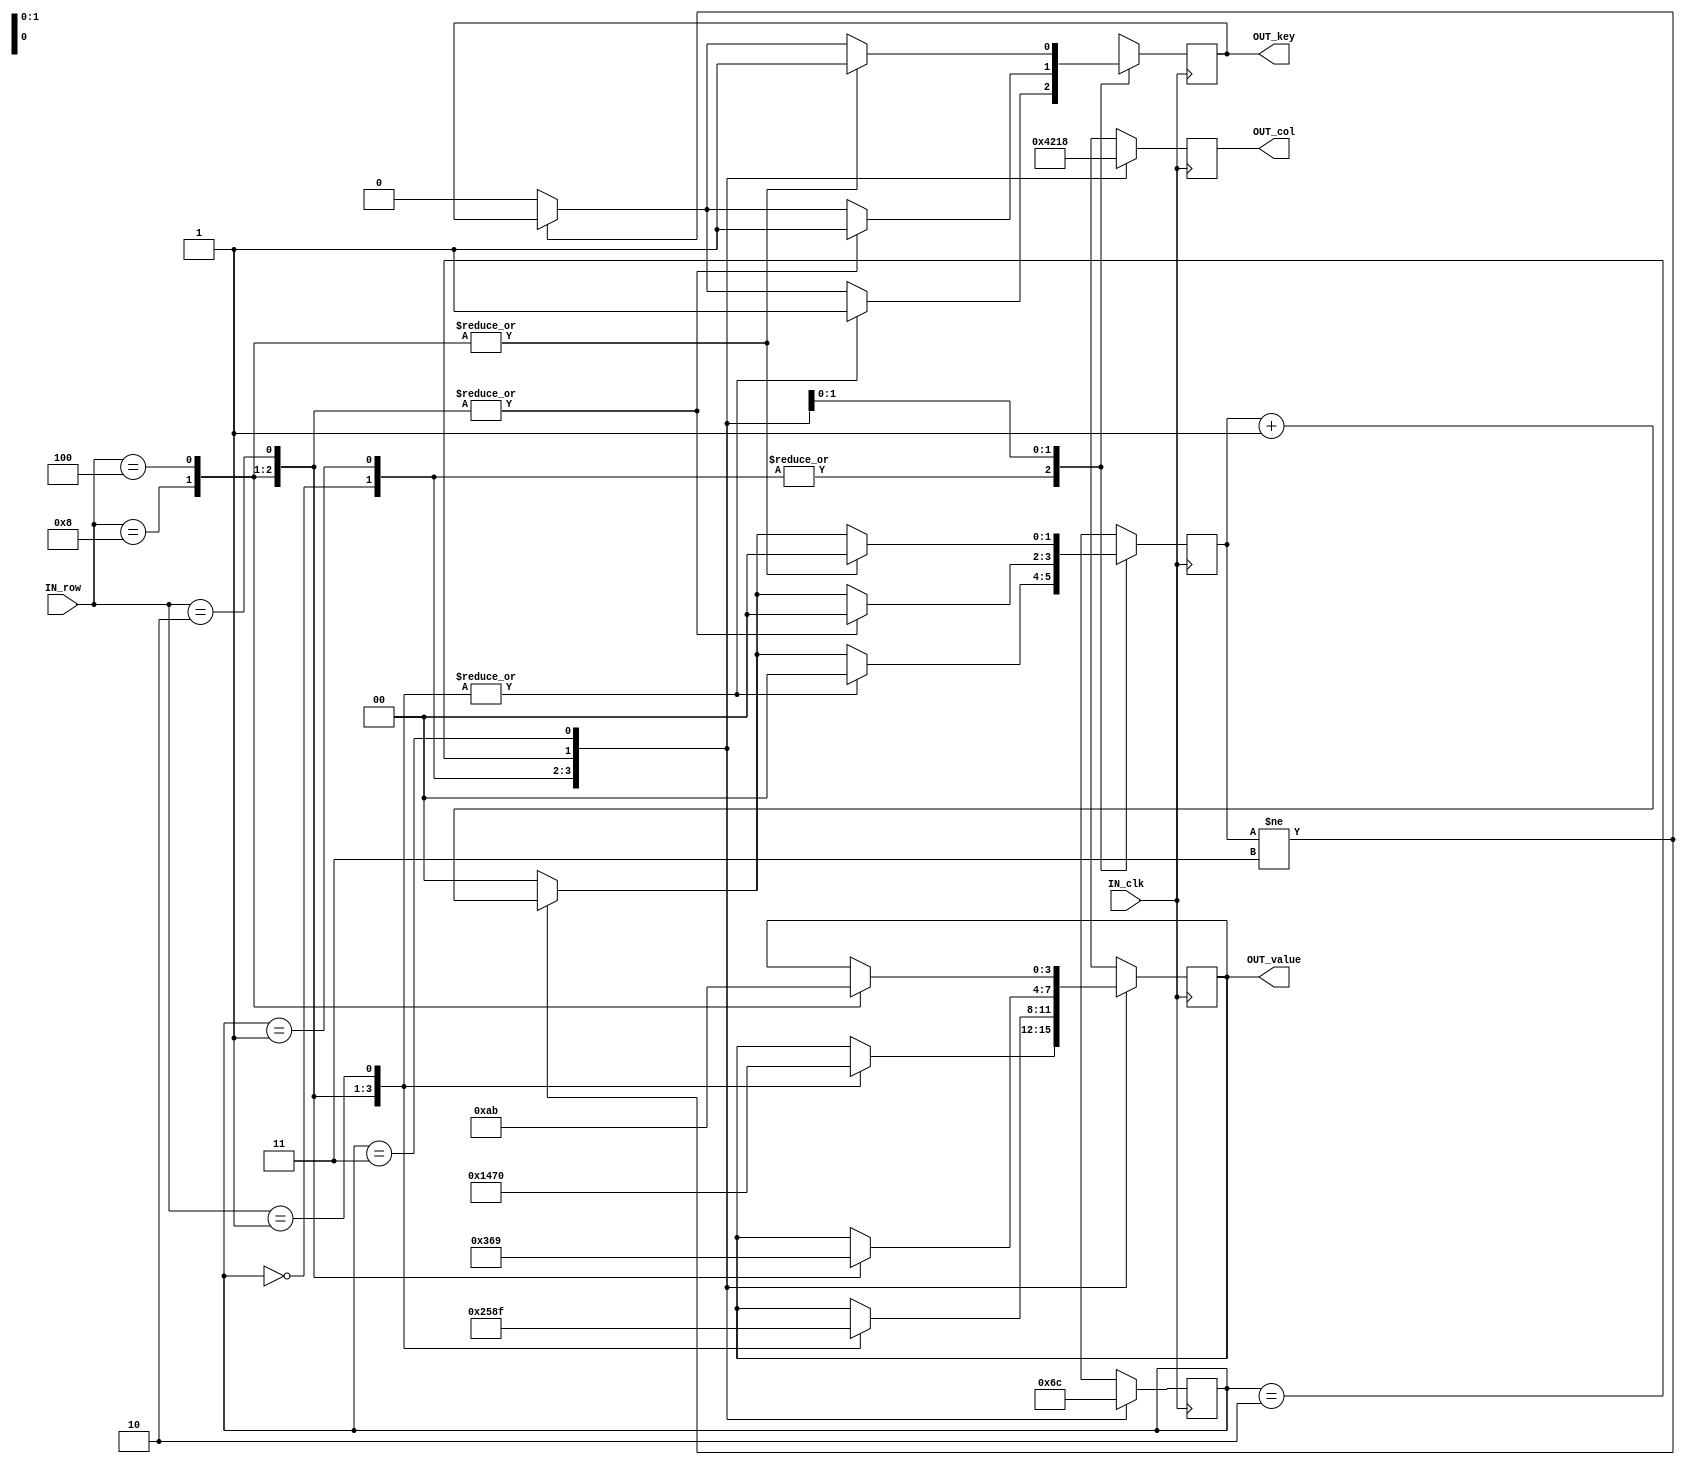
// ,

// s0  1 4 7 0 
// s1  2 5 8 =(F)
// s2  3 6 9 C(E)
// s3  +(A) -(B) (C) (D) 

module keyboard(input IN_clk, input[3:0] IN_row,
                    output reg [3:0] OUT_col, output reg [3:0] OUT_value, output reg OUT_key);

    // Declare state register
    reg [1:0]state = 0;
    reg [1:0]flag = 0;

    // Declare  states
    parameter S0 = 0, S1 = 1, S2 = 2, S3 = 3;

    always @ (posedge IN_clk) 
    begin
            case (state)
                S0:
                    begin
                        state <= S1;
                        OUT_col <= 4'b0100;
                    end
                S1:
                    begin
                        state <= S2;
                        OUT_col <= 4'b0010;
                    end
                S2:
                    begin
                        state <= S3;
                        OUT_col <= 4'b0001;
                    end
                S3:
                    begin
                        state <= S0;
                        OUT_col <= 4'b1000;
                    end
                default:
                    begin
                        state <= S0;
                        OUT_col <= 4'b1000;
                    end
            endcase
    end

    // Determine the output based only on the current state
    // and the input (do not wait for a clock edge).
    // always @ (state or IN_reset or IN_row)
    always @ (posedge IN_clk)
    begin
        //OUT_value <= OUT_value;
        begin
            case (state)
                S0:
                    case(IN_row)
                        4'b1000: begin OUT_value <= 1; OUT_key <= 1; flag <= 0; end
                        4'b0100: begin OUT_value <= 4; OUT_key <= 1; flag <= 0; end
                        4'b0010: begin OUT_value <= 7; OUT_key <= 1; flag <= 0; end
                        4'b0001: begin OUT_value <= 0; OUT_key <= 1; flag <= 0; end
                        default: begin 
                            OUT_value <= OUT_value; 
                            if(flag != 3)begin
                                OUT_key <= OUT_key; 
                                flag <= flag + 1;
                            end
                            else
                            begin
                                OUT_key <= 0;
                                flag <= 0;
                            end
                        end
                    endcase
                S1:
                    case(IN_row)
                        4'b1000: begin OUT_value <= 2; OUT_key <= 1; flag <= 0; end
                        4'b0100: begin OUT_value <= 5; OUT_key <= 1; flag <= 0; end
                        4'b0010: begin OUT_value <= 8; OUT_key <= 1; flag <= 0; end
                        4'b0001: begin OUT_value <= 15; OUT_key <= 1; flag <= 0; end
                        default: begin 
                            OUT_value <= OUT_value; 
                            if(flag != 3)begin
                                OUT_key <= OUT_key; 
                                flag <= flag + 1;
                            end
                            else
                            begin
                                OUT_key <= 0;
                                flag <= 0;
                            end
                        end
                    endcase
                S2:
                    case(IN_row)
                        4'b1000: begin OUT_value <= 3; OUT_key <= 1; flag <= 0; end
                        4'b0100: begin OUT_value <= 6; OUT_key <= 1; flag <= 0; end
                        4'b0010: begin OUT_value <= 9; OUT_key <= 1; flag <= 0; end
                        // 4'b0001: begin OUT_value <= 14; OUT_key <= 1; flag <= 0; end
                        default: begin
                            OUT_value <= OUT_value;
                            if(flag != 3)begin
                                OUT_key <= OUT_key; 
                                flag <= flag + 1;
                            end
                            else
                            begin
                                OUT_key <= 0;
                                flag <= 0;
                            end
                        end
                    endcase
                    
                S3:
                    case(IN_row)
						4'b1000: begin OUT_value <= 10; OUT_key <= 1; flag <= 0; end
                        4'b0100: begin OUT_value <= 11; OUT_key <= 1; flag <= 0; end
                        // 4'b0010: begin OUT_value <= 12; OUT_key <= 1; flag <= 0; end
                        // 4'b0001: begin OUT_value <= 13; OUT_key <= 1; flag <= 0; end
                        default: begin 
                            OUT_value <= OUT_value; 
                            if(flag != 3)begin
                                OUT_key <= OUT_key; 
                                flag <= flag + 1;
                            end
                            else
                            begin
                                OUT_key <= 0;
                                flag <= 0;
                            end
                        end
                    endcase
                default:
                    begin OUT_value <= 0; OUT_key <= 0; end
            endcase
        end

/*
    always @(IN_reset)
    begin
    if(IN_reset)
        deassign OUT_value;
    else
        assign OUT_value = 0;
    end
*/
end
    endmodule